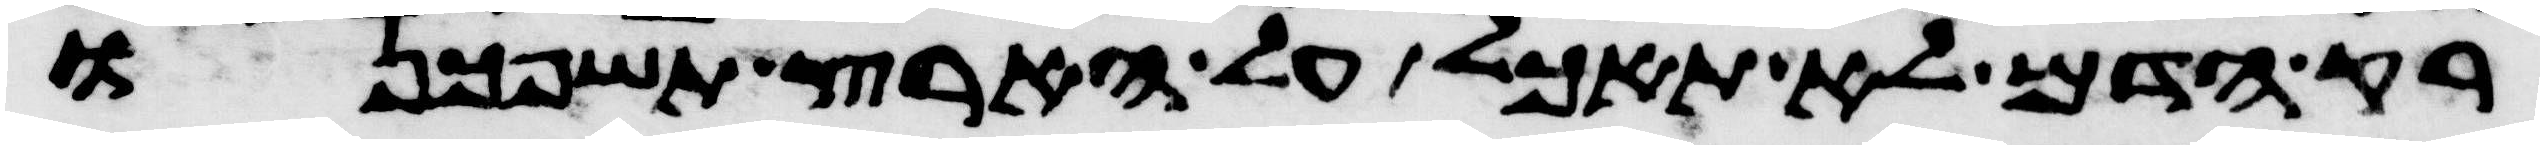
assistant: רק הדם לא תאכל על הארץ תשפכנו